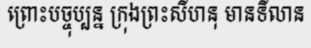
ព្រោះបច្ចុប្បន្ន ក្រុងព្រះសីហនុ មានទីលាន